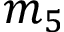
m _ { 5 }